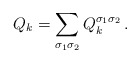
\begin{align*}Q_k = \sum_{\sigma_1 \sigma_2} Q_k^{\sigma_1 \sigma_2}\,.\end{align*}